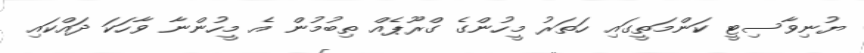
ޔުނިވާސިޓީ ކަންމަތީގައި ހަތަރު މީހުންގެ ގްރޫޕެއް ތިބުމުން އެ މީހުންނާ ވާހަކަ ދައްކައި